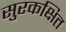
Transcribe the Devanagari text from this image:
सुरकक्षित